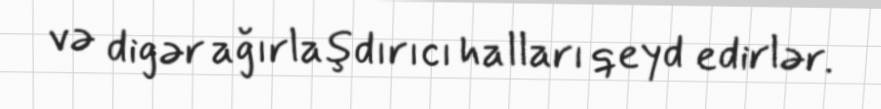
və digər ağırlaşdırıcı halları qeyd edirlər.